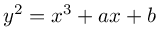
y ^ { 2 } = x ^ { 3 } + a x + b